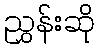
ညွှန်းဆို